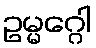
ဥမ္မဂ္ဂေါ